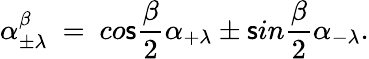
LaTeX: \alpha_{\pm\lambda}^{\beta}~=~co\mathsf{s}{\frac{{\beta}}{{2}}}\alpha_{+\lambda}\pm\mathsf{s}in{\frac{{\beta}}{{2}}}\alpha_{-\lambda}.